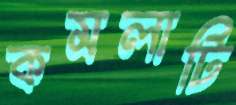
কমলাটি